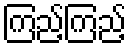
ကြည့်ကြည့်